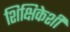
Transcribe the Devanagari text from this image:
शिक्षिकेशी